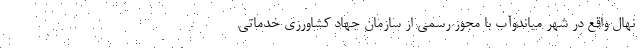
نهال واقع در شهر میاندوآب با مجوز رسمی از سازمان جهاد کشاورزی خدماتی